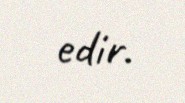
edir.